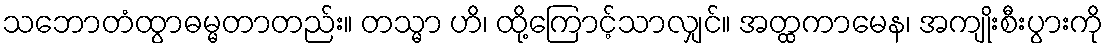
သဘောတံထွာဓမ္မတာတည်း။ တသ္မာ ဟိ၊ ထို့ကြောင့်သာလျှင်။ အတ္ထကာမေန၊ အကျိုးစီးပွားကို